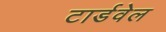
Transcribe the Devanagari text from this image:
टार्डवेल